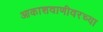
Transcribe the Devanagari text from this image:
आकाशवाणीवरच्‍या